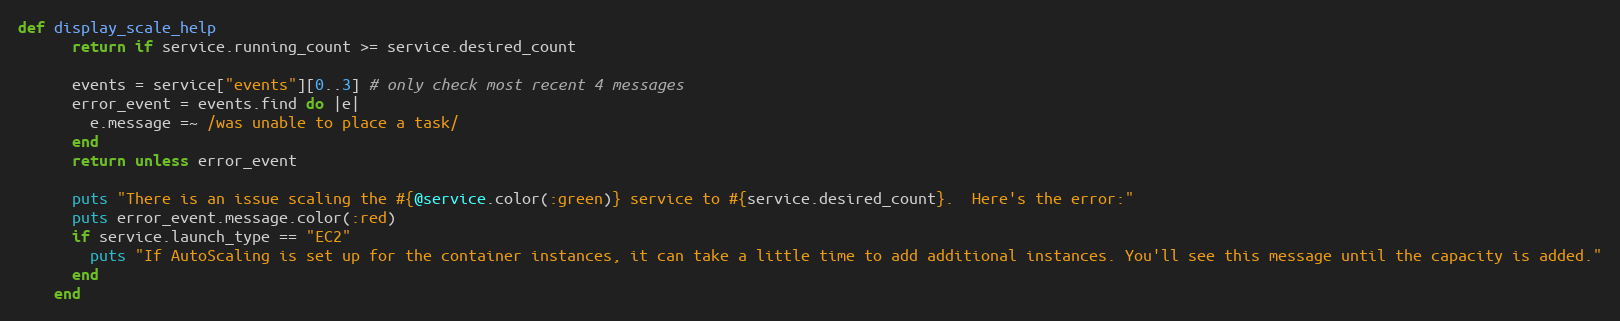
Language: Ruby
def display_scale_help
      return if service.running_count >= service.desired_count

      events = service["events"][0..3] # only check most recent 4 messages
      error_event = events.find do |e|
        e.message =~ /was unable to place a task/
      end
      return unless error_event

      puts "There is an issue scaling the #{@service.color(:green)} service to #{service.desired_count}.  Here's the error:"
      puts error_event.message.color(:red)
      if service.launch_type == "EC2"
        puts "If AutoScaling is set up for the container instances, it can take a little time to add additional instances. You'll see this message until the capacity is added."
      end
    end